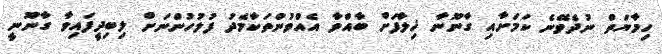
ހިމާޔަތް ނުދެވޭނެ ކަމަށާއި ގާނޫނާ ޚިލާފަށް ބާއްވާ އެއްވުންތަކާމެދު ފުލުހުންނަށް ލިބިދީފައިވާ ގާނޫނީ